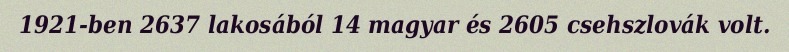
1921-ben 2637 lakosából 14 magyar és 2605 csehszlovák volt.